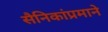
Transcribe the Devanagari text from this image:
सैनिकांप्रमाने